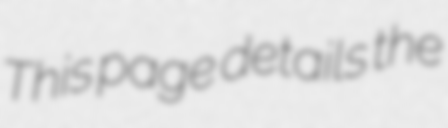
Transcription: This page details the